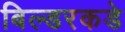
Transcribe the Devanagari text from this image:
बिल्डरकडे